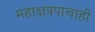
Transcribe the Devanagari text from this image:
महाक्षत्रपाचाही